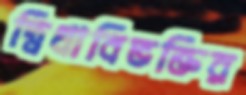
দ্বিধাবিভক্তির